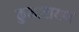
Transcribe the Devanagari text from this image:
कुमारायण